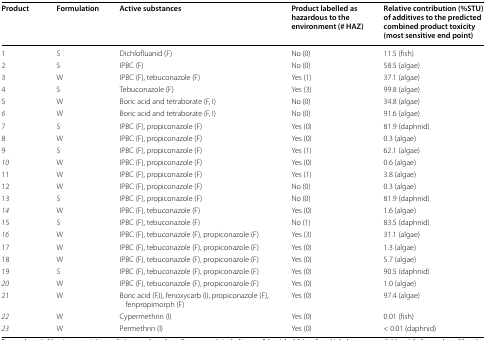
<table><thead><tr><td><b>Product</b></td><td><b>Formulation</b></td><td><b>Active substances</b></td><td><b>Product labelled as hazardous to the environment (# HAZ)</b></td><td><b>Relative contribution (%STU) of additives to the predicted combined product toxicity (most sensitive end point)</b></td></tr></thead><tbody><tr><td>1</td><td>S</td><td>Dichlofluanid (F)</td><td>No (0)</td><td>11.5 (fish)</td></tr><tr><td>2</td><td>S</td><td>IPBC (F)</td><td>No (0)</td><td>58.5 (algae)</td></tr><tr><td>3</td><td>W</td><td>IPBC (F), tebuconazole (F)</td><td>Yes (1)</td><td>37.1 (algae)</td></tr><tr><td>4</td><td>S</td><td>Tebuconazole (F)</td><td>Yes (3)</td><td>99.8 (algae)</td></tr><tr><td>5</td><td>W</td><td>Boric acid and tetraborate (F, I)</td><td>No (0)</td><td>34.8 (algae)</td></tr><tr><td><i>6</i></td><td>W</td><td>Boric acid and tetraborate (F, I)</td><td>No (0)</td><td>91.6 (algae)</td></tr><tr><td>7</td><td>S</td><td>IPBC (F), propiconazole (F)</td><td>Yes (0)</td><td>81.9 (daphnid)</td></tr><tr><td>8</td><td>W</td><td>IPBC (F), propiconazole (F)</td><td>Yes (0)</td><td>0.3 (algae)</td></tr><tr><td>9</td><td>S</td><td>IPBC (F), propiconazole (F)</td><td>Yes (1)</td><td>62.1 (algae)</td></tr><tr><td><i>10</i></td><td>W</td><td>IPBC (F), propiconazole (F)</td><td>Yes (0)</td><td>0.6 (algae)</td></tr><tr><td>11</td><td>W</td><td>IPBC (F), propiconazole (F)</td><td>Yes (1)</td><td>3.8 (algae)</td></tr><tr><td>12</td><td>W</td><td>IPBC (F), propiconazole (F)</td><td>No (0)</td><td>0.3 (algae)</td></tr><tr><td>13</td><td>S</td><td>IPBC (F), propiconazole (F)</td><td>No (0)</td><td>81.9 (daphnid)</td></tr><tr><td><i>14</i></td><td>W</td><td>IPBC (F), tebuconazole (F)</td><td>Yes (0)</td><td>1.6 (algae)</td></tr><tr><td>15</td><td>S</td><td>IPBC (F), tebuconazole (F)</td><td>No (1)</td><td>83.5 (daphnid)</td></tr><tr><td><i>16</i></td><td>W</td><td>IPBC (F), tebuconazole (F), propiconazole (F)</td><td>Yes (3)</td><td>31.1 (algae)</td></tr><tr><td>17</td><td>W</td><td>IPBC (F), tebuconazole (F), propiconazole (F)</td><td>Yes (0)</td><td>1.3 (algae)</td></tr><tr><td>18</td><td>W</td><td>IPBC (F), tebuconazole (F), propiconazole (F)</td><td>Yes (0)</td><td>5.7 (algae)</td></tr><tr><td>19</td><td>S</td><td>IPBC (F), tebuconazole (F), propiconazole (F)</td><td>Yes (0)</td><td>90.5 (daphnid)</td></tr><tr><td><i>20</i></td><td>W</td><td>IPBC (F), tebuconazole (F), propiconazole (F)</td><td>Yes (0)</td><td>1.0 (algae)</td></tr><tr><td>21</td><td>W</td><td>Boric acid (F,I), fenoxycarb (I), propiconazole (F), fenpropimorph (F)</td><td>Yes (0)</td><td>97.4 (algae)</td></tr><tr><td><i>22</i></td><td>W</td><td>Cypermethrin (I)</td><td>Yes (0)</td><td>0.01 (fish)</td></tr><tr><td><i>23</i></td><td>W</td><td>Permethrin (I)</td><td>Yes (0)</td><td>&lt; 0.01 (daphnid)</td></tr></tbody></table>